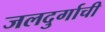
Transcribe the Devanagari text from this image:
जलदुर्गाची